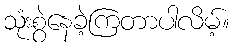
သုံးစွဲနေခဲ့ကြတာပါလိမ့်။